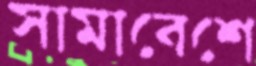
সামাবেশে